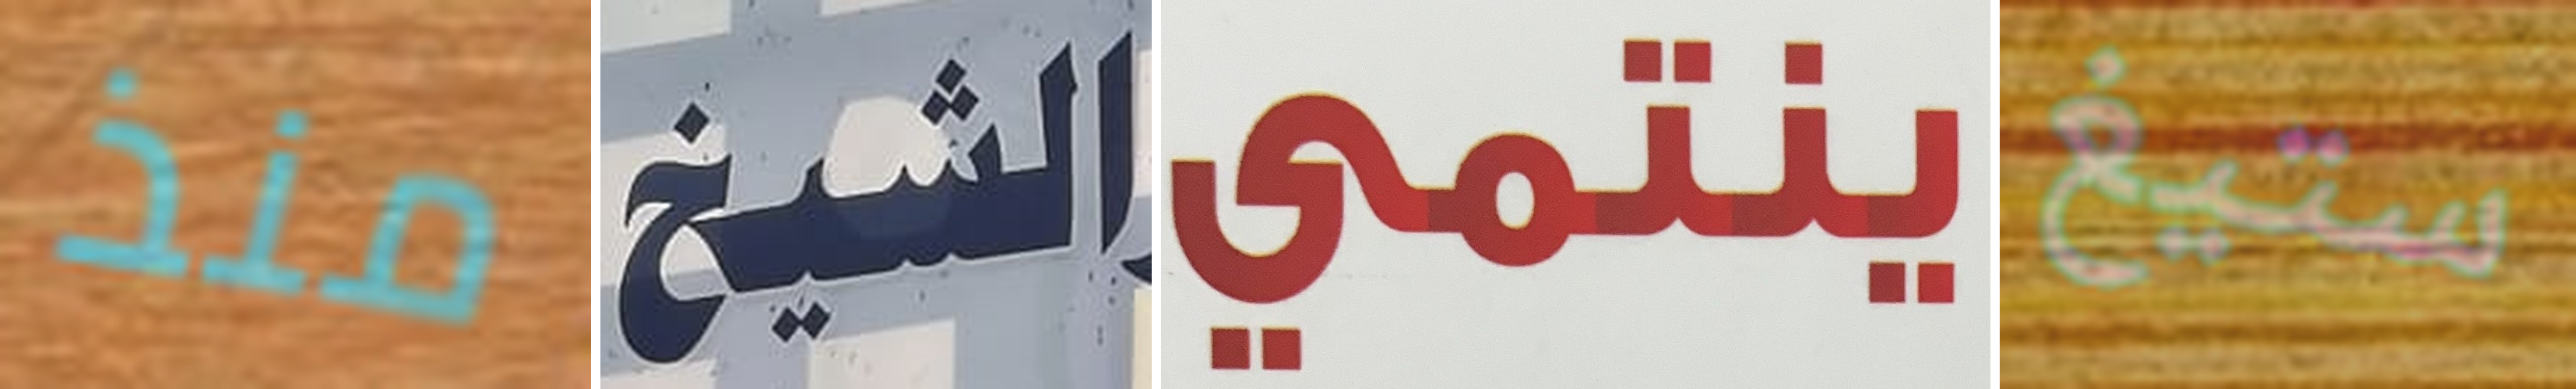
منذ الشيخ ينتمي ستيغ